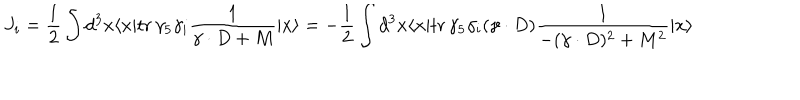
J _ { i } = { \frac { 1 } { 2 } } \int d ^ { 3 } x \langle x | \mathrm { t r } \, \gamma _ { 5 } \gamma _ { i } { \frac { 1 } { \gamma \cdot D + M } } | x \rangle = - { \frac { 1 } { 2 } } \int d ^ { 3 } x \langle x | \mathrm { t r } \, \gamma _ { 5 } \gamma _ { i } ( \gamma \cdot D ) { \frac { 1 } { - ( \gamma \cdot D ) ^ { 2 } + M ^ { 2 } } } | x \rangle